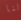
لنا